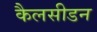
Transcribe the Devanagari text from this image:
कैलसीडन